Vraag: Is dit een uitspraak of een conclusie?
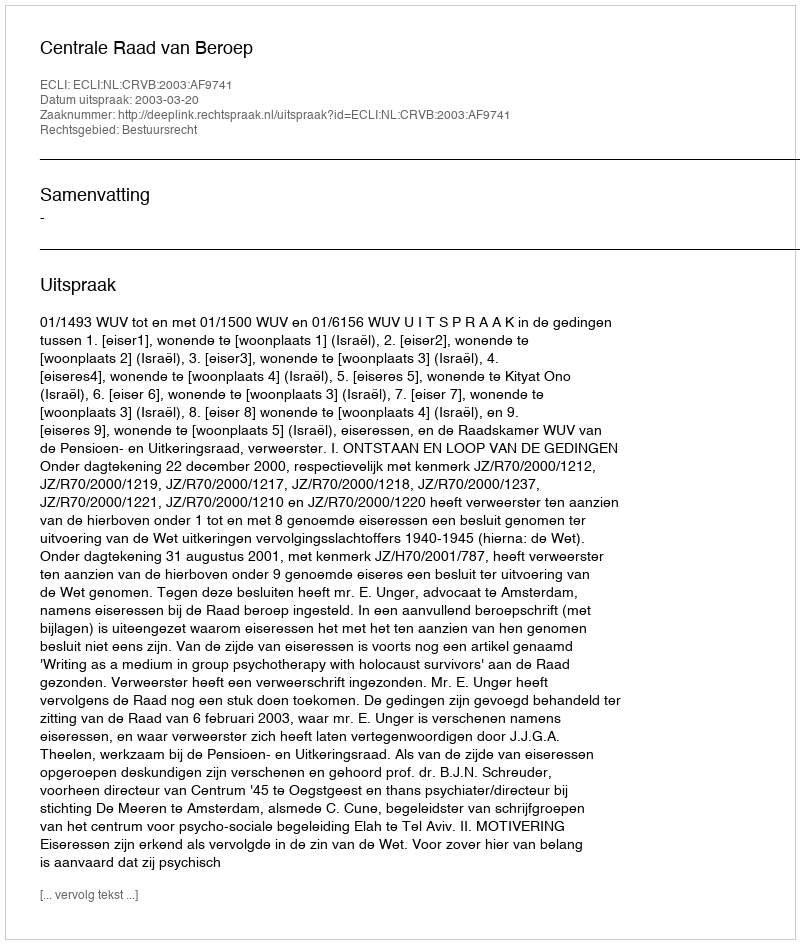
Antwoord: Uitspraak